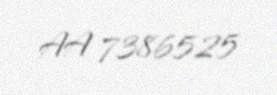
AA 7386525